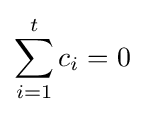
\sum _{i=1}^{t}c_{i}=0